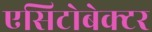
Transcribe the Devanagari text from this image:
एसिटोबेक्टर